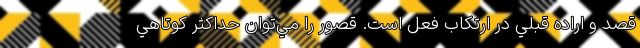
قصد و اراده قبلي در ارتكاب فعل است. قصور را مي‌توان حداكثر كوتاهي